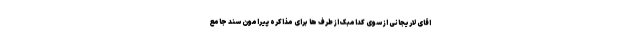
اقای لاریجانی از سوی کدامبک از طرف ها برای مذاکره پیرامون سند جامع